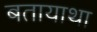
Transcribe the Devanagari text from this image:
बतायाथा